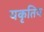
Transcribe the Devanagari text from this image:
यकृतिय